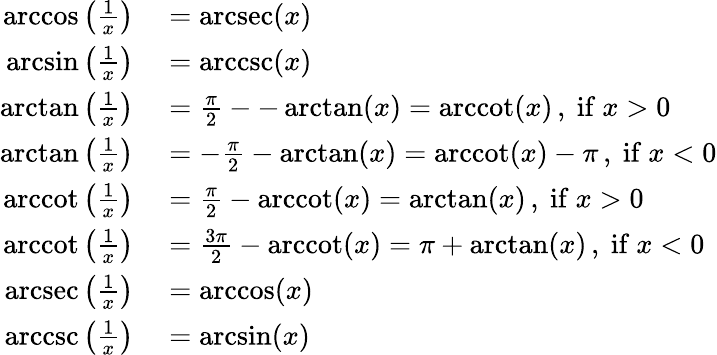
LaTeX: \begin{array}{rl}{\operatorname{arccos}\left({\frac{1}{x}}\right)}&{{}=\operatorname{arcsec}(x)}\\ {\arcsin\left({\frac{1}{x}}\right)}&{{}=\operatorname{arccsc}(x)}\\ {\arctan\left({\frac{1}{x}}\right)}&{{}={\frac{\pi}{2}}--\arctan(x)=\operatorname{arccot}(x)\, ,{\mathrm{~if~}}x>0}\\ {\arctan\left({\frac{1}{x}}\right)}&{{}=-{\frac{\pi}{2}}-\arctan(x)=\operatorname{arccot}(x)-\pi\, ,{\mathrm{~if~}}x<0}\\ {\operatorname{arccot}\left({\frac{1}{x}}\right)}&{{}={\frac{\pi}{2}}-\operatorname{arccot}(x)=\arctan(x)\, ,{\mathrm{~if~}}x>0}\\ {\operatorname{arccot}\left({\frac{1}{x}}\right)}&{{}={\frac{3\pi}{2}}-\operatorname{arccot}(x)=\pi+\arctan(x)\, ,{\mathrm{~if~}}x<0}\\ {\operatorname{arcsec}\left({\frac{1}{x}}\right)}&{{}=\operatorname{arccos}(x)}\\ {\operatorname{arccsc}\left({\frac{1}{x}}\right)}&{{}=\arcsin(x)}\end{array}